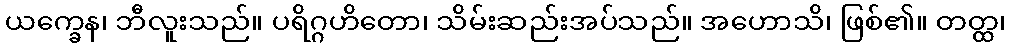
ယက္ခေန၊ ဘီလူးသည်။ ပရိဂ္ဂဟိတော၊ သိမ်းဆည်းအပ်သည်။ အဟောသိ၊ ဖြစ်၏။ တတ္ထ၊